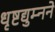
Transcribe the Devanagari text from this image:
धृष्टद्युम्नने